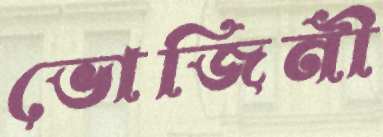
ভোজিনী